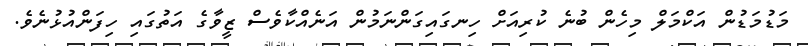
މަޑުމަޑުން އަކްމަލް މިހެން ބުނެ ކުރިއަށް ހިނގައިގަންނަމުން އަނެއްކާވެސް ޒީވާގެ އަތުގައި ހިފަންއުޅުނެވެ.